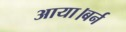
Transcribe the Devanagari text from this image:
आया।बर्न